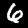
Label: 6